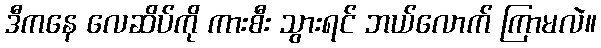
ဒီကနေ လေဆိပ်ကို ကားစီး သွားရင် ဘယ်လောက် ကြာမလဲ။